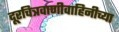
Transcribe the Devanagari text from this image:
दूरचित्रवाणीवाहिनीच्या